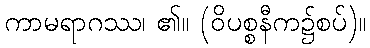
ကာမရာဂဿ၊ ၏။ (ဝိပစ္စနီက၌စပ်)။